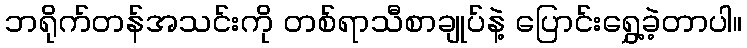
ဘရိုက်တန်အသင်းကို တစ်ရာသီစာချုပ်နဲ့ ပြောင်းရွှေ့ခဲ့တာပါ။